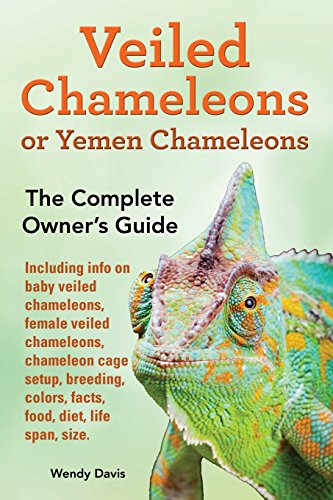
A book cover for Veiled Chameleons or Yemen Chameleons as pets. info on baby veiled chameleons, female veiled chameleons, chameleon cage setup, breeding, colors, facts, food, diet, life span, size.; Wendy Davis; Crafts, Hobbies & Home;